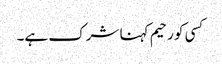
کسی کو رحیم کہنا شرک ہے۔